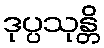
ဒုပ္ပသုန္တိ